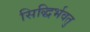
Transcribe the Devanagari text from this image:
सिद्धिर्भवतु